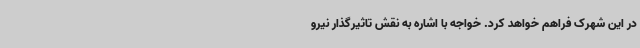
در این شهرک فراهم خواهد کرد. خواجه با اشاره به نقش تاثیرگذار نیرو